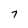
Character: 7